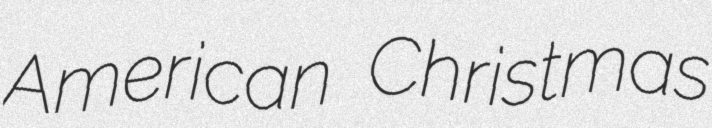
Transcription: American Christmas